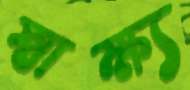
স্বাক্ষ্য